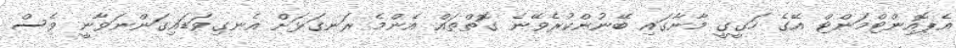
އެޕޮއިންޓްމަންޓް އޭގެ ހަގީގީ މާނާގައި ބޭނުންކުރެވޭނެ ގޮތްތައް އެންމެ ރަނގަޅަށް އެނގިވަޑައިގަންނަވާނީ ވެސް